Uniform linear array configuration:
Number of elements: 8
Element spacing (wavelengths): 0.5
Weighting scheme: binomial
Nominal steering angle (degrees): -15
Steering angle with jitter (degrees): -13.751
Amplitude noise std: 0.05
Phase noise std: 0.05

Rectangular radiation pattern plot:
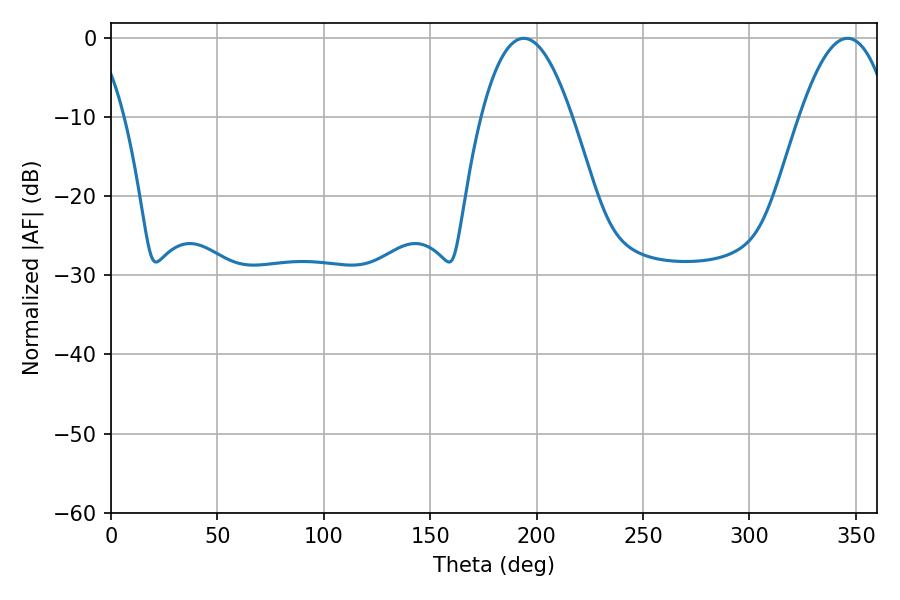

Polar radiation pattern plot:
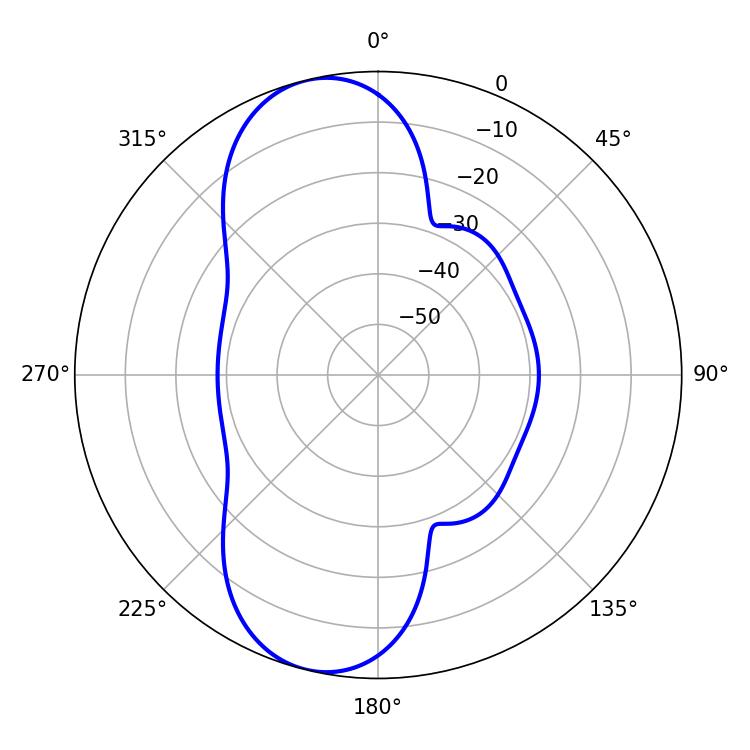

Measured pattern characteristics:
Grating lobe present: FALSE
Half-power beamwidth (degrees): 23.4
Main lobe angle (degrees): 193.86